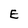
Character: E